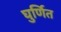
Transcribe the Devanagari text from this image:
घुर्णित